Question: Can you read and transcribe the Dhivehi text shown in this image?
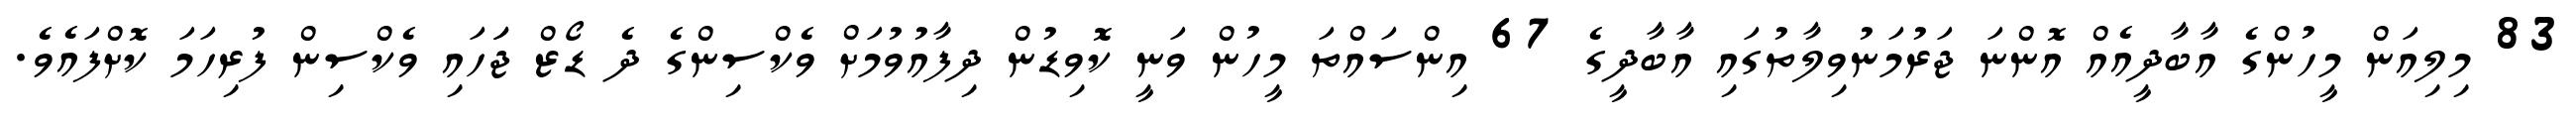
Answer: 83 މިލިއަން މީހުންގެ އާބާދީއެއް އޮންނަ ޖަރުމަނުވިލާތުގައި އާބާދީގެ 67 އިންސައްތަ މީހުން ވަނީ ކޮވިޑުން ދިފާއުވުމަށް ވެކްސިންގެ ދެ ޑޯޒް ޖަަހައި ވެކްސިން ފުރިހަމަ ކޮށްފައެވެ.